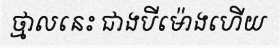
ថ្មាលនេះ ជាងបីម៉ោងហើយ